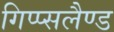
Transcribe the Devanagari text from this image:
गिप्प्सलैण्ड